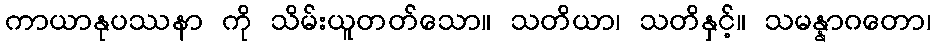
ကာယာနုပဿနာ ကို သိမ်းယူတတ်သော။ သတိယာ၊ သတိနှင့်။ သမန္နာဂတော၊